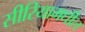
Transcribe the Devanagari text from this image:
सीरियामधील